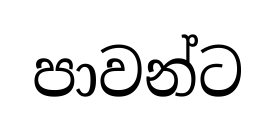
පාවන්ට